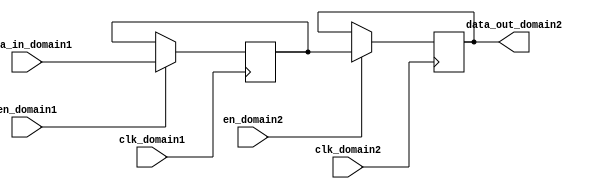
module dual_port_bypass_register (
    input wire clk_domain1,
    input wire clk_domain2,
    input wire [7:0] data_in_domain1,
    output reg [7:0] data_out_domain2,
    input wire en_domain1,
    input wire en_domain2
);

reg [7:0] bypass_data;

always @(posedge clk_domain1) begin
    if (en_domain1)
        bypass_data <= data_in_domain1;
end

always @(posedge clk_domain2) begin
    if (en_domain2)
        data_out_domain2 <= bypass_data;
end

endmodule